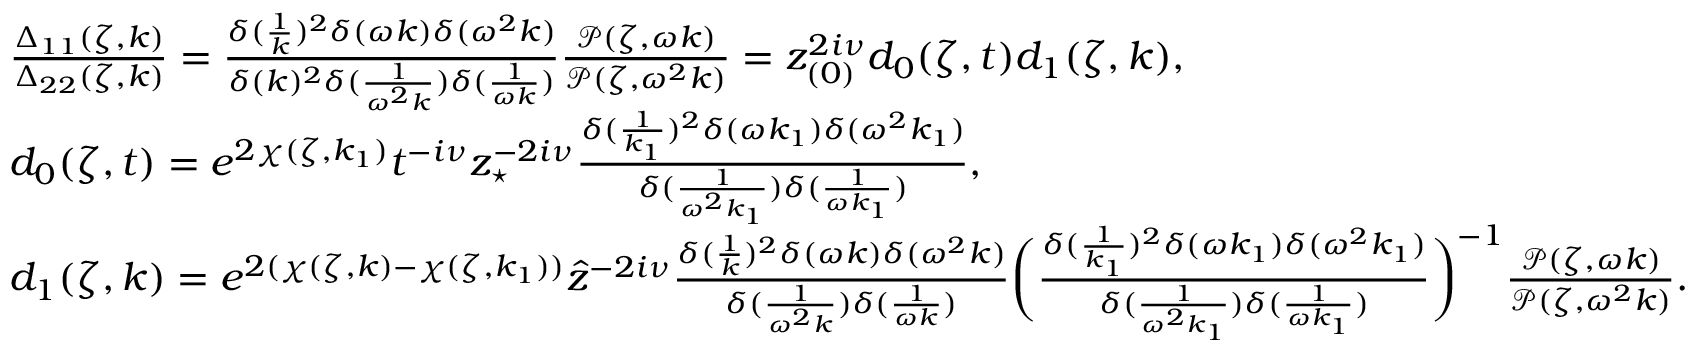
\begin{array} { r l } & { \frac { \Delta _ { 1 1 } ( \zeta , k ) } { \Delta _ { 2 2 } ( \zeta , k ) } = \frac { \delta ( \frac { 1 } { k } ) ^ { 2 } \delta ( \omega k ) \delta ( \omega ^ { 2 } k ) } { \delta ( k ) ^ { 2 } \delta ( \frac { 1 } { \omega ^ { 2 } k } ) \delta ( \frac { 1 } { \omega k } ) } \frac { \mathcal { P } ( \zeta , \omega k ) } { \mathcal { P } ( \zeta , \omega ^ { 2 } k ) } = z _ { ( 0 ) } ^ { 2 i \nu } d _ { 0 } ( \zeta , t ) d _ { 1 } ( \zeta , k ) , } \\ & { d _ { 0 } ( \zeta , t ) = e ^ { 2 \chi ( \zeta , k _ { 1 } ) } t ^ { - i \nu } z _ { \star } ^ { - 2 i \nu } \frac { \delta ( \frac { 1 } { k _ { 1 } } ) ^ { 2 } \delta ( \omega k _ { 1 } ) \delta ( \omega ^ { 2 } k _ { 1 } ) } { \delta ( \frac { 1 } { \omega ^ { 2 } k _ { 1 } } ) \delta ( \frac { 1 } { \omega k _ { 1 } } ) } , } \\ & { d _ { 1 } ( \zeta , k ) = e ^ { 2 ( \chi ( \zeta , k ) - \chi ( \zeta , k _ { 1 } ) ) } \hat { z } ^ { - 2 i \nu } \frac { \delta ( \frac { 1 } { k } ) ^ { 2 } \delta ( \omega k ) \delta ( \omega ^ { 2 } k ) } { \delta ( \frac { 1 } { \omega ^ { 2 } k } ) \delta ( \frac { 1 } { \omega k } ) } \bigg ( \frac { \delta ( \frac { 1 } { k _ { 1 } } ) ^ { 2 } \delta ( \omega k _ { 1 } ) \delta ( \omega ^ { 2 } k _ { 1 } ) } { \delta ( \frac { 1 } { \omega ^ { 2 } k _ { 1 } } ) \delta ( \frac { 1 } { \omega k _ { 1 } } ) } \bigg ) ^ { - 1 } \frac { \mathcal { P } ( \zeta , \omega k ) } { \mathcal { P } ( \zeta , \omega ^ { 2 } k ) } . } \end{array}